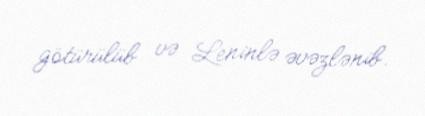
götürülüb və Leninlə əvəzlənib.